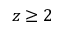
z \ge 2